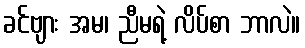
ခင်ဗျား အမ၊ ညီမရဲ့ လိပ်စာ ဘာလဲ။